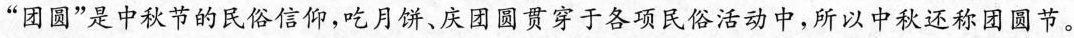
”团圆”是中秋节的民俗信仰，吃月饼、庆团圆贯穿于各项民俗活动中，所以中秋还称团圆节。